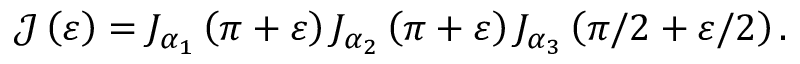
\mathcal { J } \left( \varepsilon \right) = J _ { \alpha _ { 1 } } \left( \pi + \varepsilon \right) J _ { \alpha _ { 2 } } \left( \pi + \varepsilon \right) J _ { \alpha _ { 3 } } \left( \pi / 2 + \varepsilon / 2 \right) .